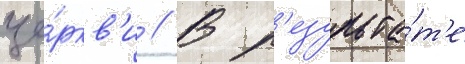
це́ркв'и // В р'езульта́т'е